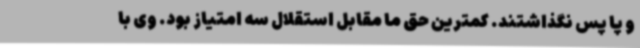
و پا پس نگذاشتند. کمترین حق ما مقابل استقلال سه امتیاز بود. وی با